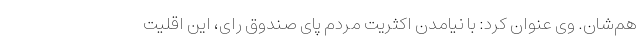
هم‌شان. وی عنوان کرد: با نیامدن اکثریت مردم پای صندوق‌ رای، این اقلیت